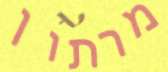
מרתון